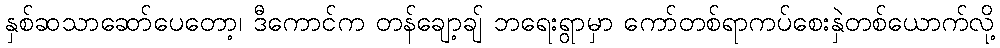
နှစ်ဆသာဆော်ပေတော့၊ ဒီကောင်က တန်ချော့ချ် ဘရေးရွာမှာ ကော်တစ်ရာကပ်စေးနှဲတစ်ယောက်လို့